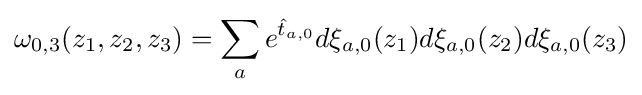
\omega _{0,3}(z_{1},z_{2},z_{3})=\sum _{a}e^{{\hat {t}}_{a,0}}d\xi _{a,0}(z_{1})d\xi _{a,0}(z_{2})d\xi _{a,0}(z_{3})